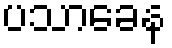
ပသာခေန